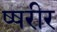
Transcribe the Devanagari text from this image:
ष्षरीर